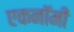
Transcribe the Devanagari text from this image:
एकनॉमी